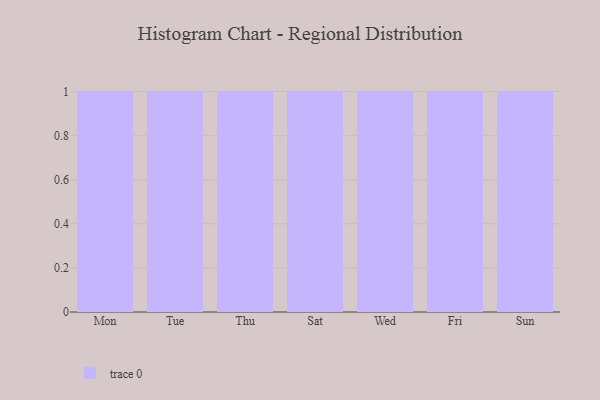
{"axis": {"x": "Day", "y": "Conversion Rate (%)"}, "legend": [""], "data": [{"x": "Mon", "y": 7, "type": ""}, {"x": "Tue", "y": 91, "type": ""}, {"x": "Thu", "y": 43, "type": ""}, {"x": "Sat", "y": 87, "type": ""}, {"x": "Wed", "y": 67, "type": ""}, {"x": "Fri", "y": 41, "type": ""}, {"x": "Sun", "y": 74, "type": ""}]}